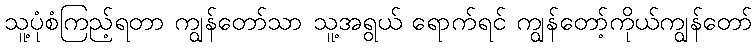
သူ့ပုံစံကြည့်ရတာ ကျွန်တော်သာ သူ့အရွယ် ရောက်ရင် ကျွန်တော့်ကိုယ်ကျွန်တော်